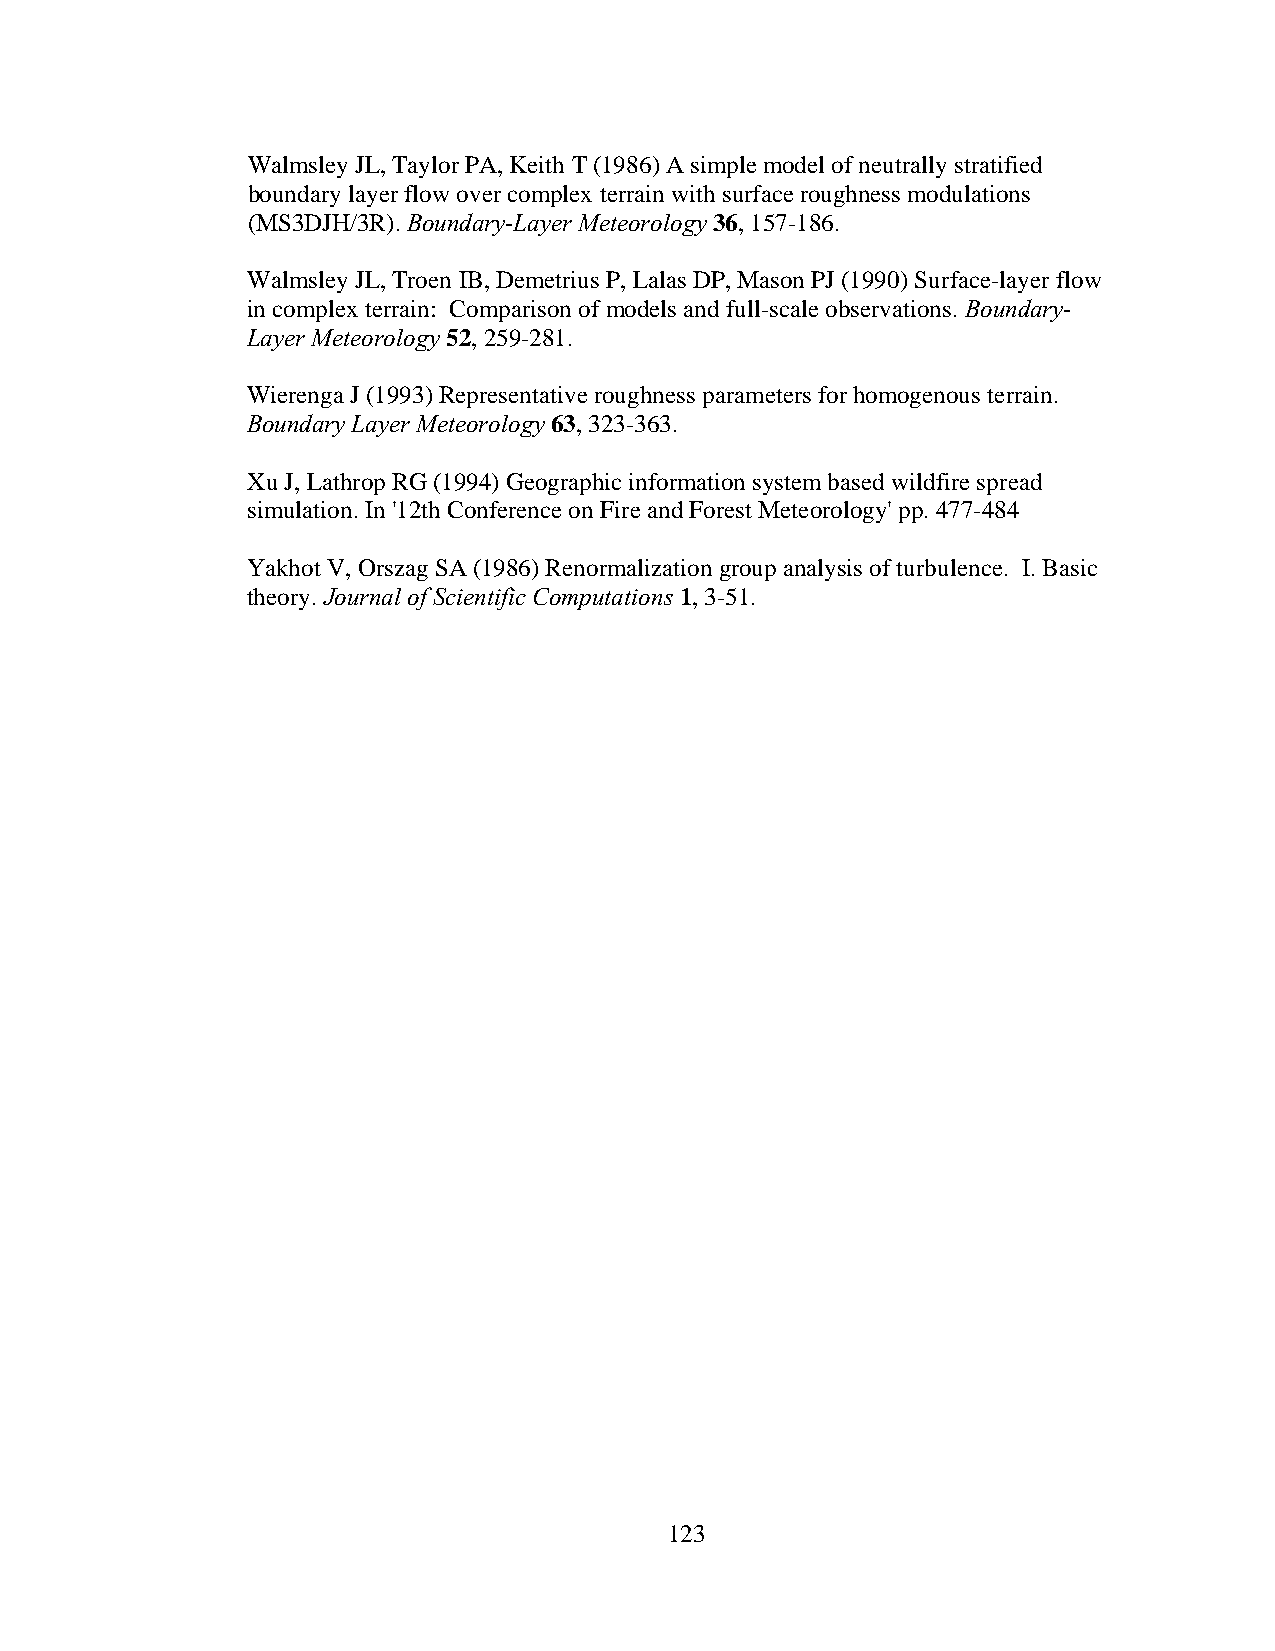
Walmsley JL, Taylor PA, Keith T (1986) A simple model of neutrally stratified
 boundary layer flow over complex terrain with surface roughness modulations
 (MS3DJH/3R). Boundary-Layer Meteorology 36, 157-186.
 Walmsley JL, Troen IB, Demetrius P, Lalas DP, Mason PJ (1990) Surface-layer flow
 in complex terrain: Comparison of models and full-scale observations. Boundary-
 Layer Meteorology 52, 259-281.
 Wierenga J (1993) Representative roughness parameters for homogenous terrain.
 Boundary Layer Meteorology 63, 323-363.
 Xu J, Lathrop RG (1994) Geographic information system based wildfire spread
 simulation. In '12th Conference on Fire and Forest Meteorology' pp. 477-484
 Yakhot V, Orszag SA (1986) Renormalization group analysis of turbulence. I. Basic
 theory. Journal of Scientific Computations 1, 3-51.
 123